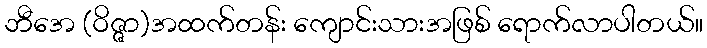
ဘီအေ (ဝိဇ္ဇာ)အထက်တန်း ကျောင်းသားအဖြစ် ရောက်လာပါတယ်။